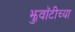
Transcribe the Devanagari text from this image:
झुवॉटीच्या